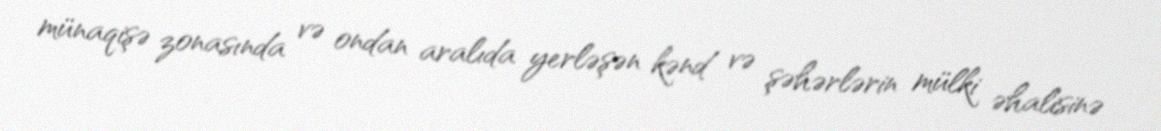
münaqişə zonasında və ondan aralıda yerləşən kənd və şəhərlərin mülki əhalisinə